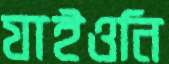
যাইওনি